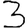
Digit: 3